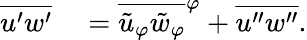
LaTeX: \begin{array}{rl}{\overline{{u^{\prime}w^{\prime}}}}&{{}=\overline{{\tilde{u}_{\varphi}\tilde{w}_{\varphi}}}^{\varphi}+\overline{{u^{\prime\prime}w^{\prime\prime}}}.}\end{array}